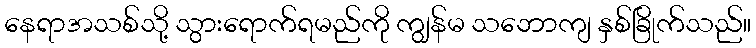
နေရာအသစ်သို့ သွားရောက်ရမည်ကို ကျွန်မ သဘောကျ နှစ်ခြိုက်သည်။